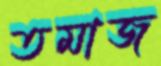
তমাজ